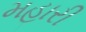
મહારી